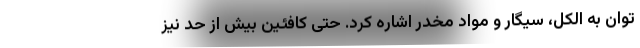
توان به الکل، سیگار و مواد مخدر اشاره کرد. حتی کافئین بیش از حد نیز